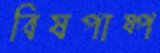
বিষপাষ্প